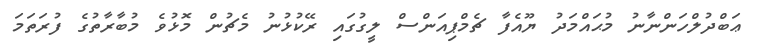
ޢަބްދުލްހަންނާނު މުޙައްމަދު ޔޫއެފާ ޗެމްޕިއަންސް ލީގުގައި ރޭކުޅުނު މެޗުން މޮޅުވެ މުބާރާތުގެ ފުރަތަމަ